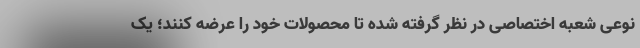
نوعی شعبه اختصاصی در نظر گرفته شده تا محصولات خود را عرضه کنند؛ یک